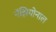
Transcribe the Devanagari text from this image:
नॅझियोनाल